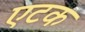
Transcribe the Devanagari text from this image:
एटक